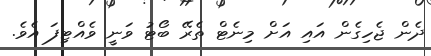
ދެން ޖެހިގެން އައި އަށް މިނެޓް ތެރޭ ބޯޓު ވަނީ ވެއްޓިފަ އެވެ.